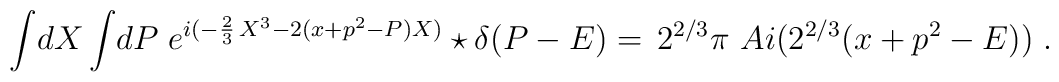
\int \!dX\int \!dP\;e^{i(-\frac{2}{3}\,X^{3}-2(x+p^{2}-P)X)}\star \delta (P-E)=\,2^{2/3}\pi \,\,Ai(2^{2/3}(x+p^{2}-E))\;.